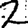
Digit: 2